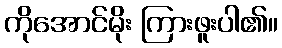
ကိုအောင်မိုး ကြားဖူးပါ၏။